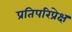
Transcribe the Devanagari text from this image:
प्रतिपरिप्रेक्ष